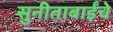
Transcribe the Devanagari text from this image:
सुनीताबाईंचे